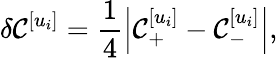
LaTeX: \delta\mathcal{C}^{[u_{i}]}=\frac{{1}}{{4}}\left|\mathcal{C}_{+}^{[u_{i}]}-\mathcal{C}_{-}^{[u_{i}]}\right|,